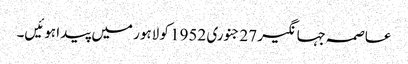
عاصمہ جہانگیر 27 جنوری 1952 کو لاہور میں پیدا ہوئیں۔